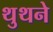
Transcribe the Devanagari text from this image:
थुथने